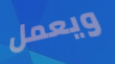
ويعمل